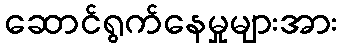
ဆောင်ရွက်နေမှုများအား